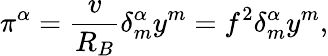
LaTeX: \pi^{\alpha}=\frac{v}{R_{B}}\delta_{m}^{\alpha}y^{m}=f^{2}\delta_{m}^{\alpha}y^{m},